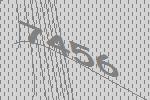
7456